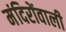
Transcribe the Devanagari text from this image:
मंदिरोंवाली